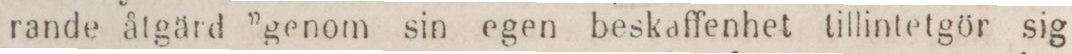
rande åtgärd ”genom sin egen beskaffenhet tillintetgör sig